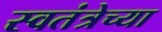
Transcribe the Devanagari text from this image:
स्वतंत्रेच्या